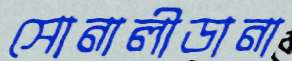
সোনালীডানা